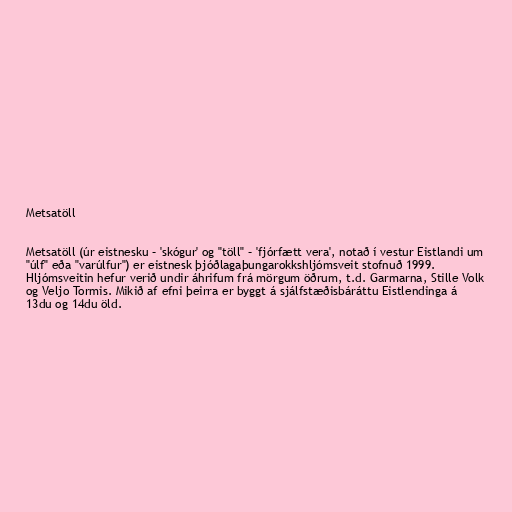
Metsatöll

Metsatöll (úr eistnesku – 'skógur' og "töll" – 'fjórfætt vera', notað í vestur Eistlandi um
"úlf" eða "varúlfur") er eistnesk þjóðlagaþungarokkshljómsveit stofnuð 1999.
Hljómsveitin hefur verið undir áhrifum frá mörgum öðrum, t.d. Garmarna, Stille Volk
og Veljo Tormis. Mikið af efni þeirra er byggt á sjálfstæðisbáráttu Eistlendinga á
13du og 14du öld.